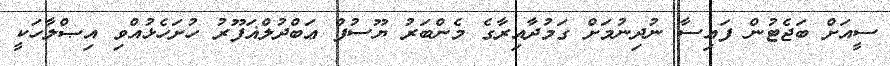
ސީއަށް ބަޖެޓުން ފައިސާ ނުދިނުމަށް ގަމުދާއިރާގެ މެންބަރު ޔޫސުފް ޢަބްދުލްޣަފޫރު ހުށަހެޅުއްވި އިޞްލާހަކީ